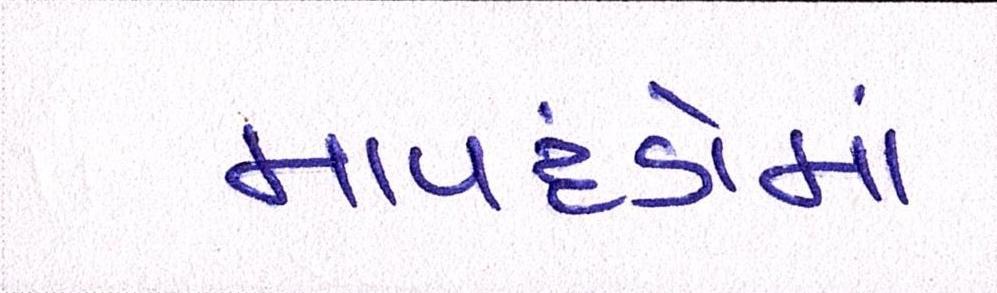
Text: માપદંડોમાં